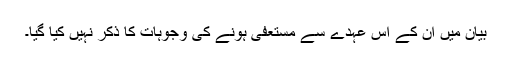
بیان میں ان کے اس عہدے سے مستعفی ہونے کی وجوہات کا ذکر نہیں کیا گیا۔